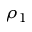
\rho _ { 1 }